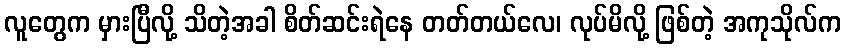
လူတွေက မှားပြီလို့ သိတဲ့အခါ စိတ်ဆင်းရဲနေ တတ်တယ်လေ၊ လုပ်မိလို့ ဖြစ်တဲ့ အကုသိုလ်က